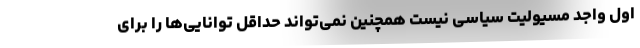
اول واجد مسیولیت سیاسی نیست همچنین نمی‌تواند حداقل توانایی‌ها را برای